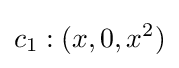
c_{1}:(x,0,x^{2})